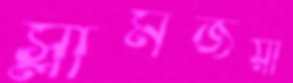
স্লামজয়ী